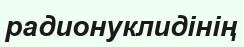
радионуклидінің